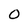
Character: 0